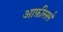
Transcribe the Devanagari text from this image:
आफ़ीसर्स